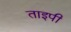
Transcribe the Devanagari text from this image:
ताइपी